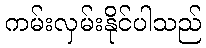
ကမ်းလှမ်းနိုင်ပါသည်